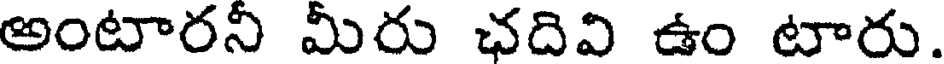
అంటారనీ మీరు ఛదివి ఉం టారు.